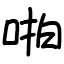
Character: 啪